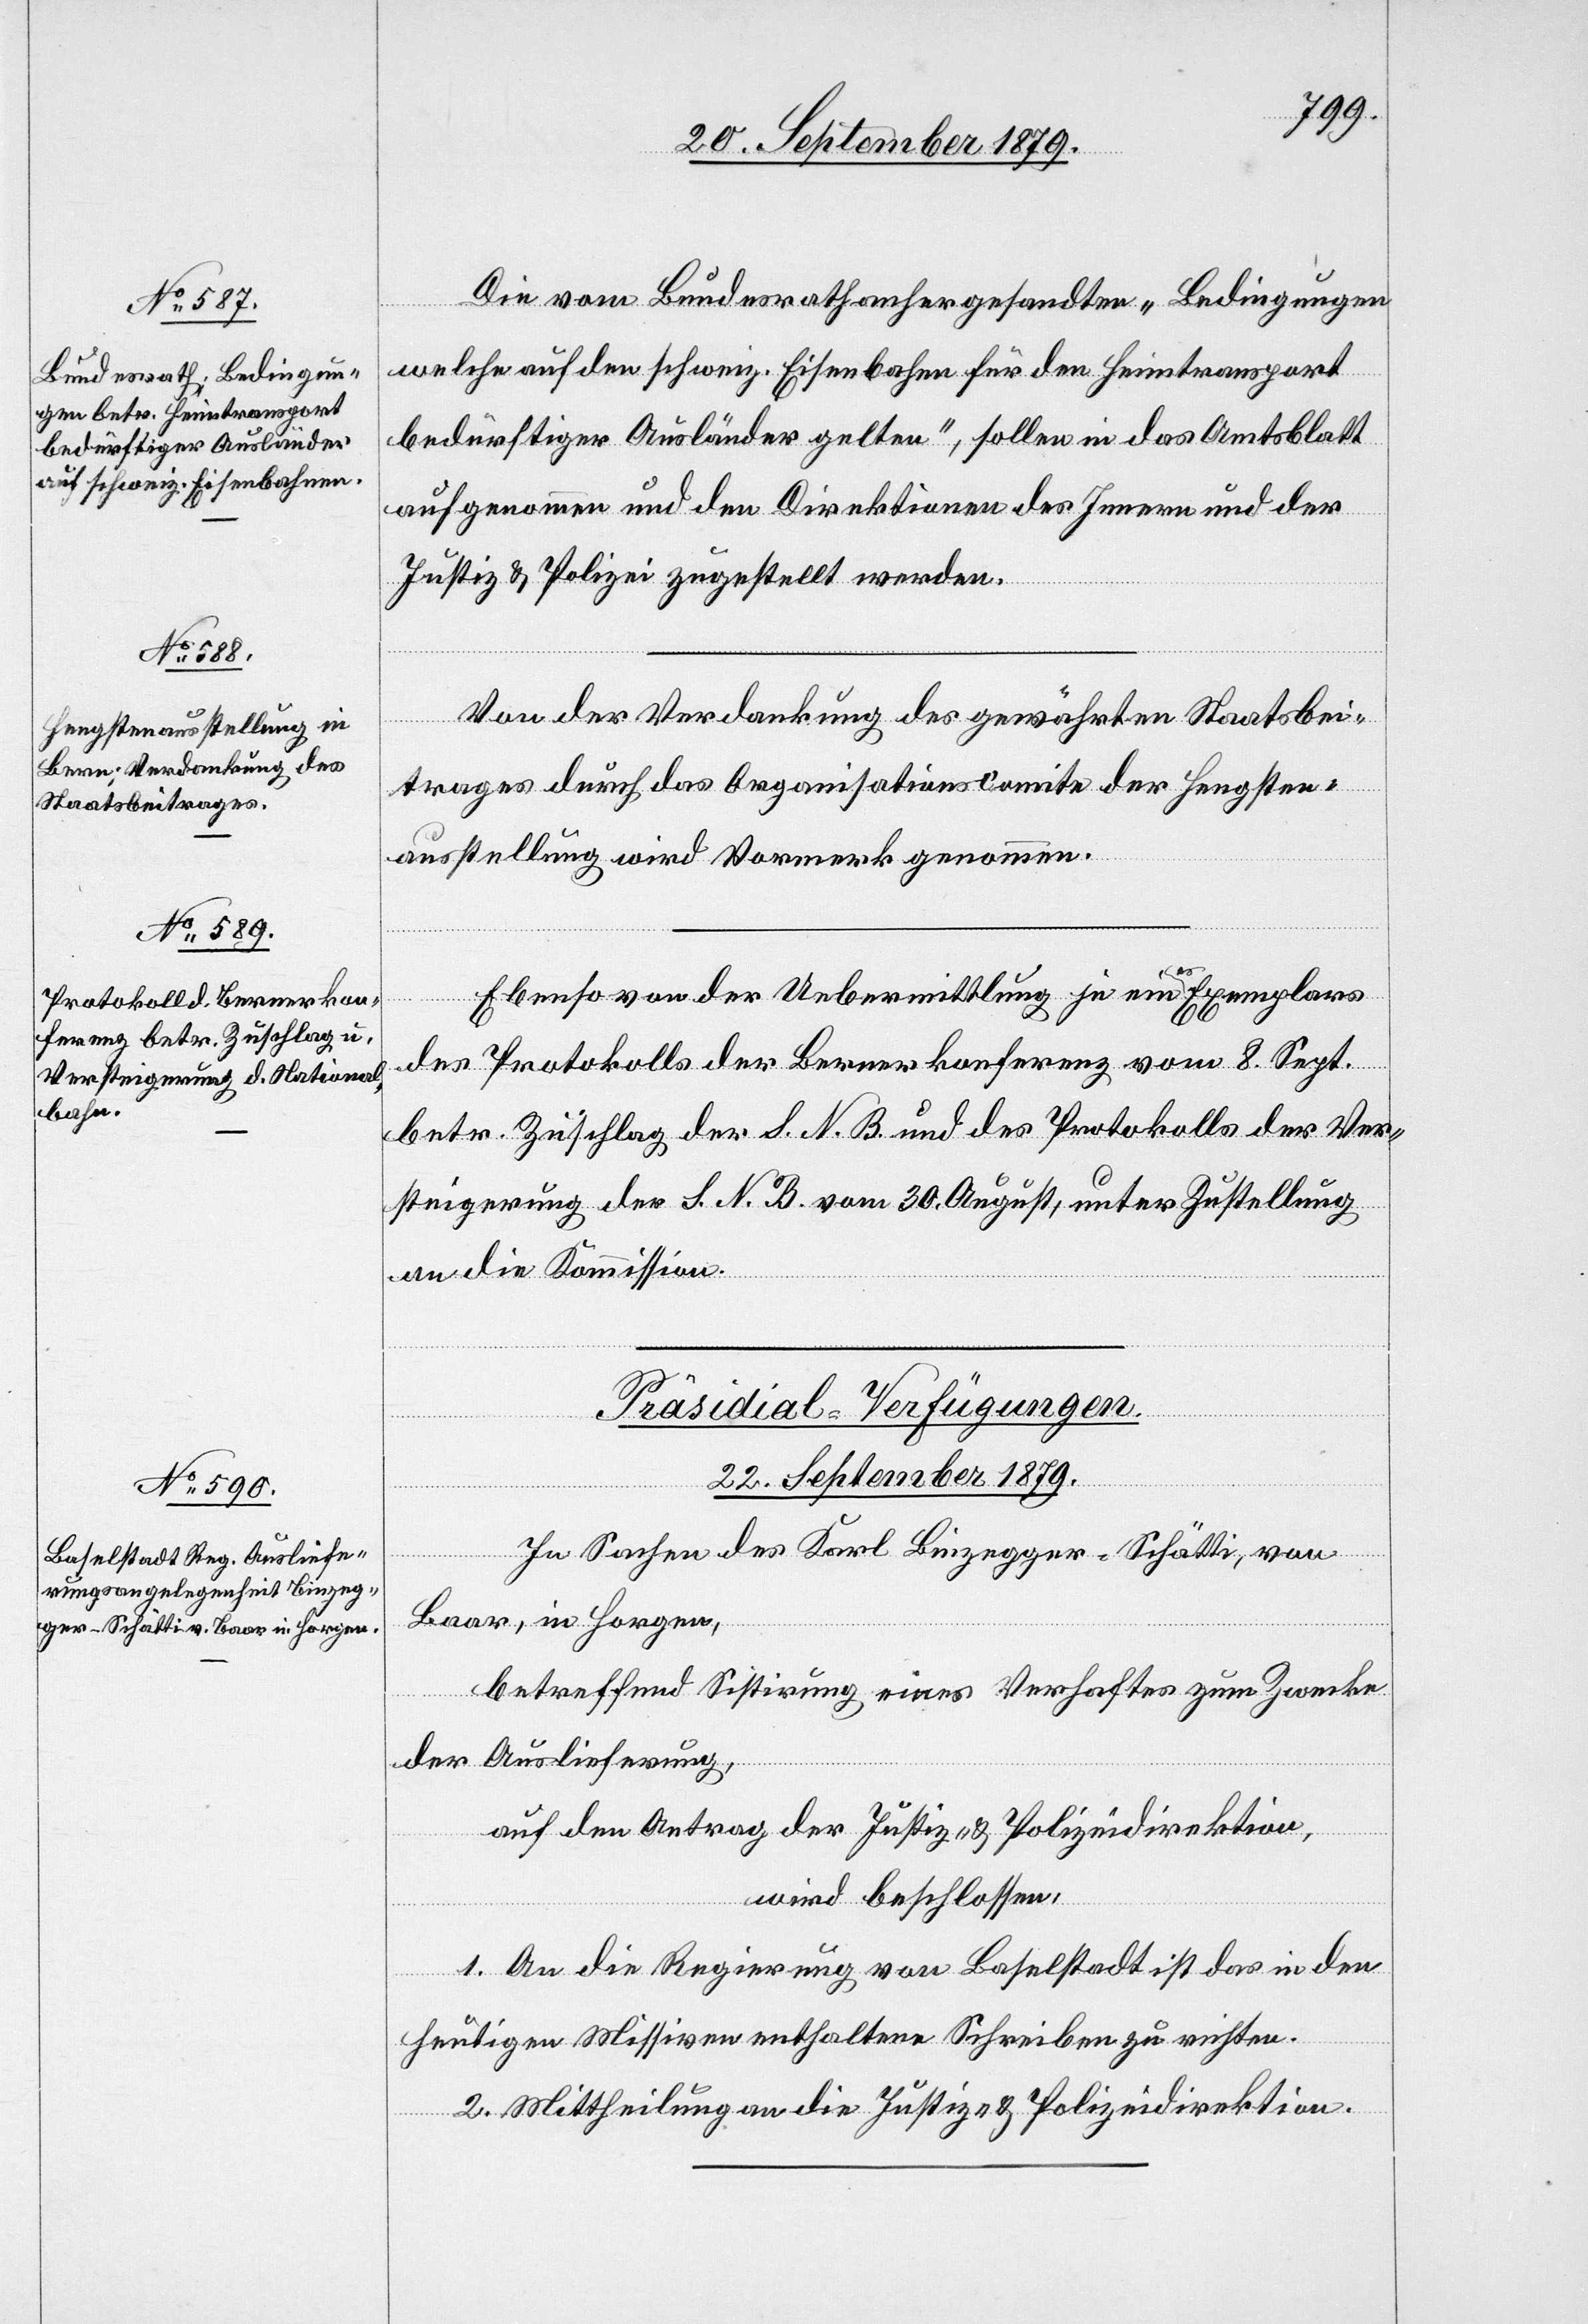
Die vom Bundesrath anhergesandten „Bedingungen
welche auf den schweiz. Eisenbahne[n] für den Heimtransport
bedürftiger Ausländer gelten“, sollen in das Amtsblatt
aufgenommen und den Direktionen des Innern und der
Justiz & Polizei zugestellt werden.
Von der Verdankung des gewährten Staatsbei¬
trages durch das Organisationscomite der Hengsten¬
ausstellung wird Vormerk genommen.
Ebenso von der Uebermittlung je eines Exemplares
des Protokolls der Bernerkonferenz vom 8. Sept.
betr. Zuschlag der S. N. B. und des Protokolls der Ver¬
steigerung der S. N. B. vom 30. August, unter Zustellung
an die Kommission.
Präsidial-Verfügungen.
22. September 1879.
In Sachen des Karl Binzegger-Schätti, von
Baar, in Horgen,
betreffend Sistirung eines Verhaftes zum Zwecke
der Auslieferung,
auf den Antrag der Justiz- & Polizeidirektion,
wird beschlossen,
1. An die Regierung von Baselstadt ist das in den
heutigen Missiven enthaltene Schreiben zu richten.
2. Mittheilung an die Justiz- & Polizeidirektion.